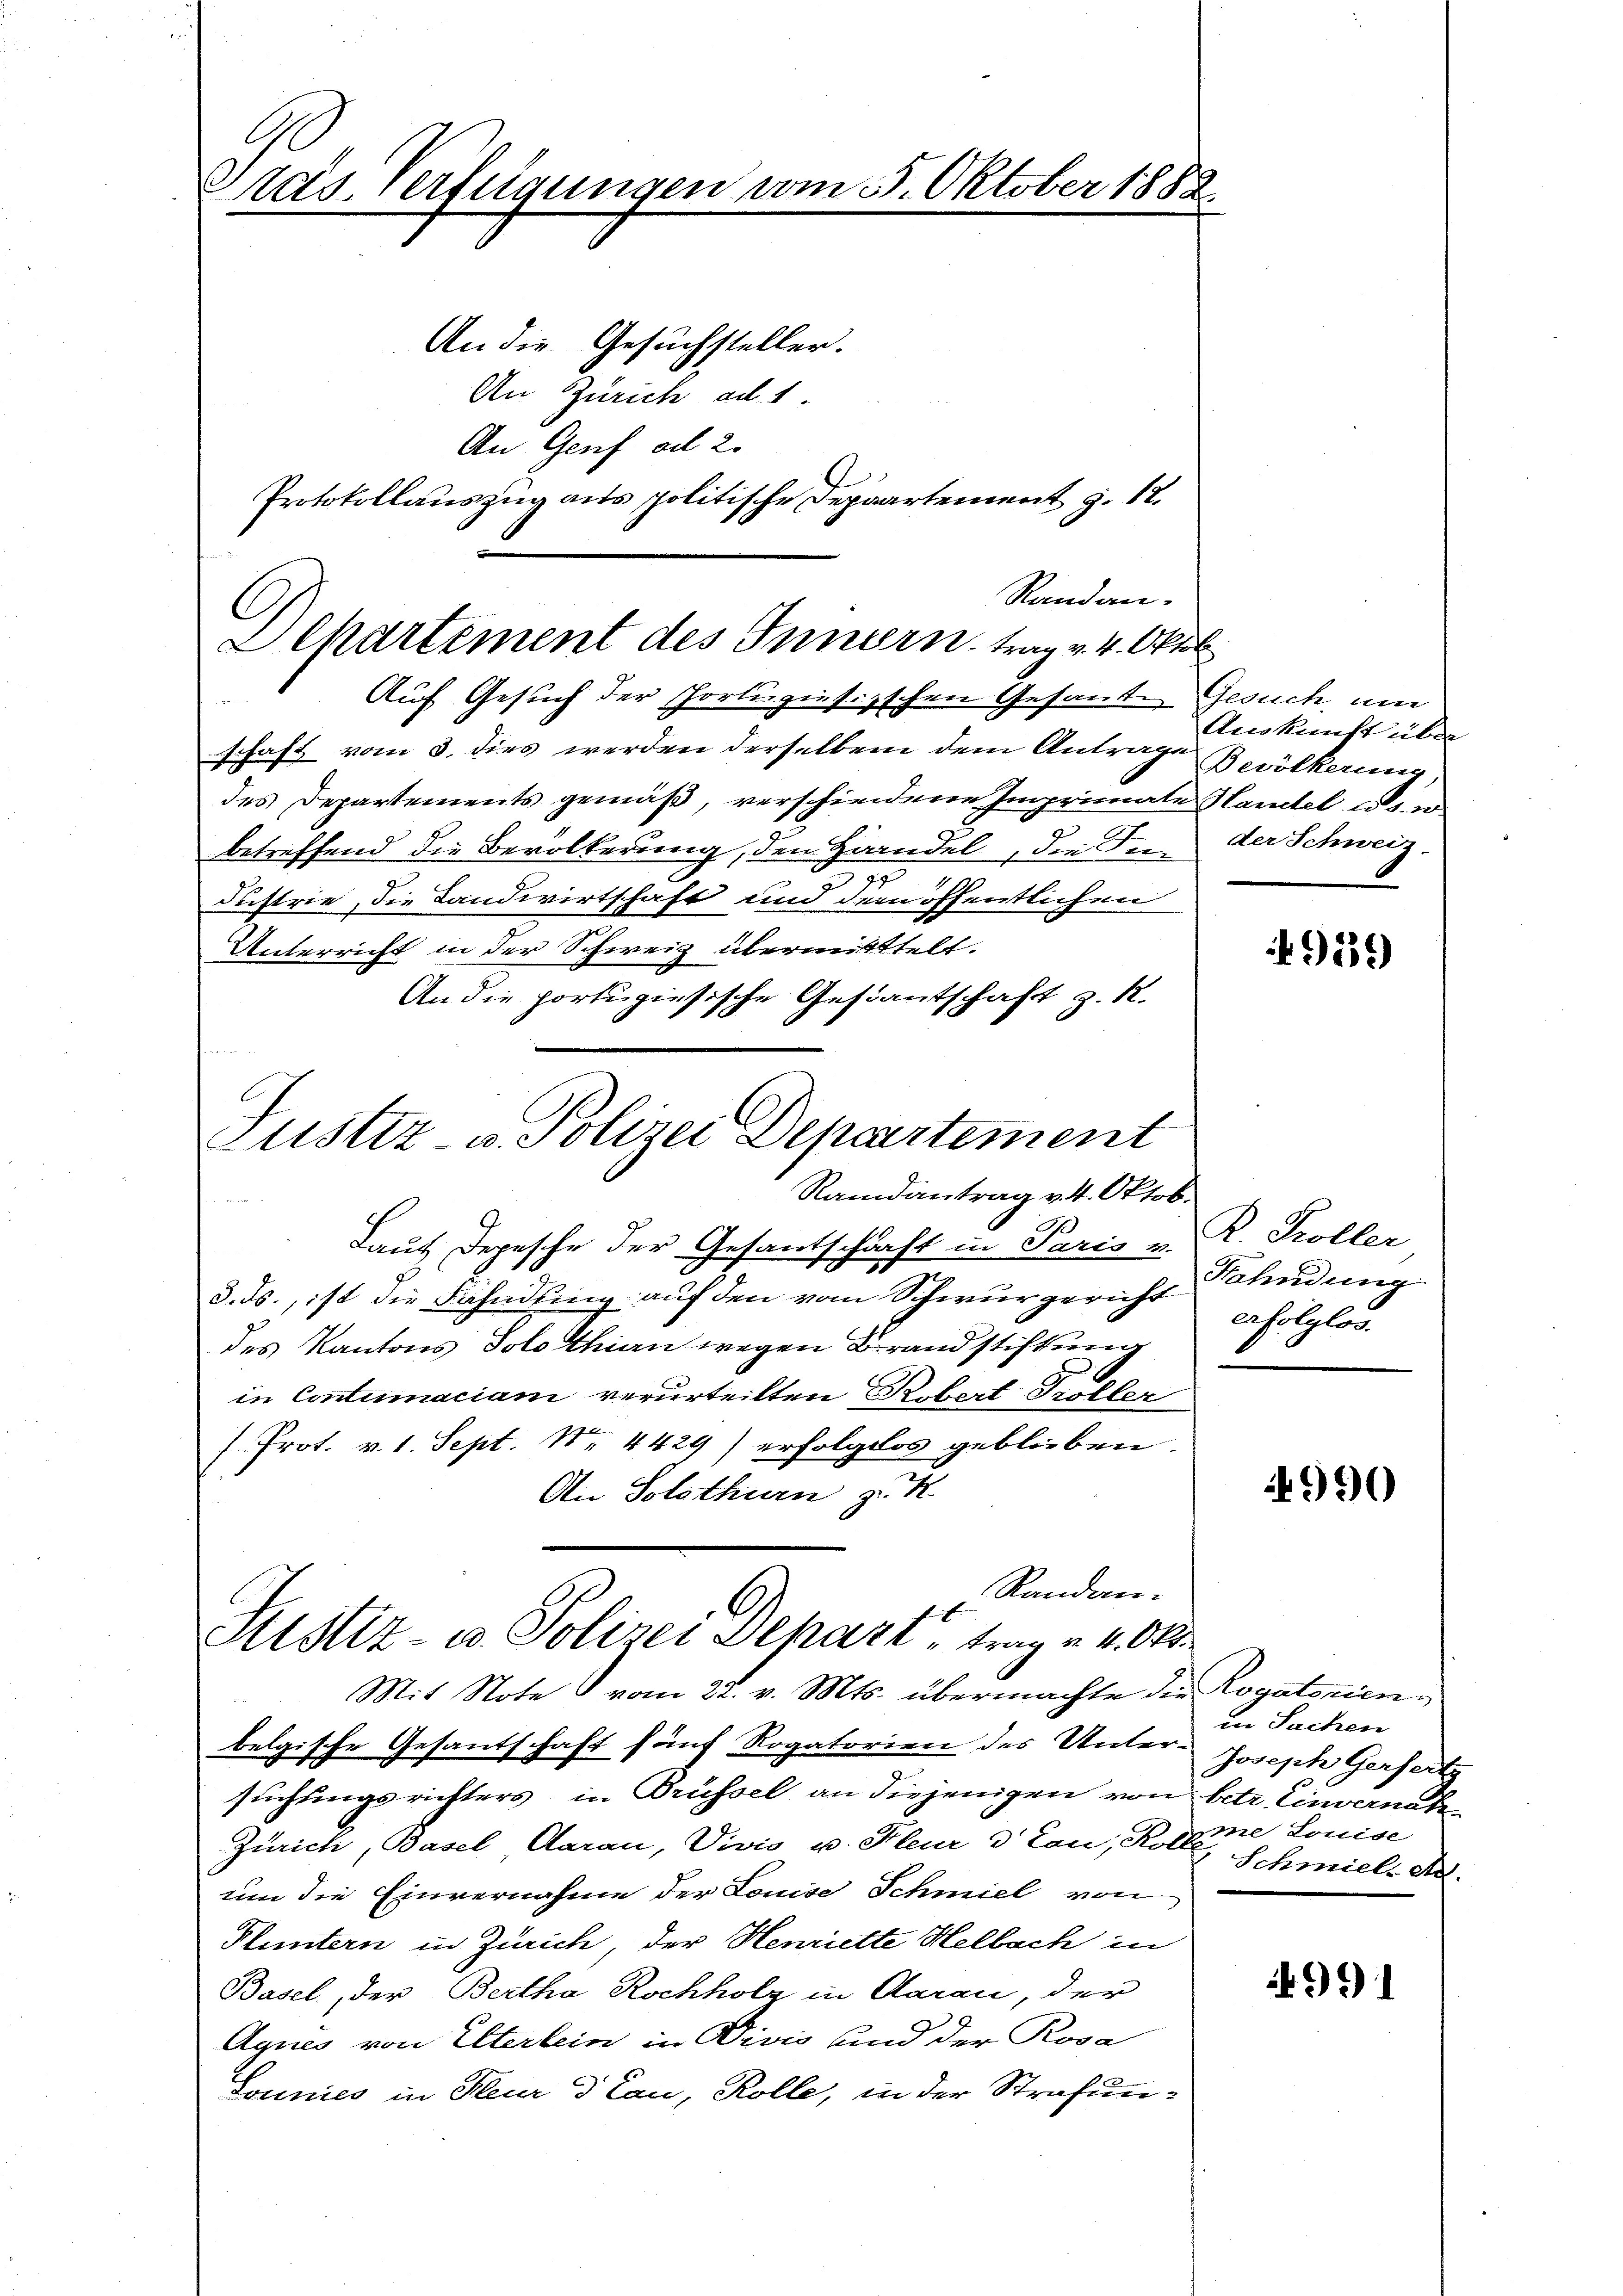
Präs. Verfügungen vom 5. Oktober 1882
An die Gesuchsteller.
An Zürich ad 1
An Genf ad 2.

Randan-
C
Lepartement des Innern, trag v. 4. Oktob

Auf Gesuch der Portugisizschen Gesante Gesuch, um
schaft vom 3. dies werden derselben dem Antrage Bevölkerung
des Departements gemäß, verschiedene Imprimate Hantel u. s. w.
betreffend die Bevölkerung, den Handel, die In¬
20
Fustrie, die Landwirtschaft und dem öffentlichen
Unterricht in der Schweiz übermittelt.
An die portigiesische Gestantschaft z. R.
Justiz u. Polizei Departement

Protokollauszug aus politische Depaartement z. 12.

Randantrag v. 4. Oktob.

Laut Depesche der Gesantschaft in Paris v.
3. ds., ist die Fahndung auf den vom Schwurgericht Sendung
des Kantons Solothin wegen Brandstiftung
in Contumaciam verurteilten Rebert Troller
f. Prot. v. 1. Sept. Nr. 4429) erfolglos geblieben.
An Solothurn z. R.
Mit Note vom 22. v. Mts. übermachte die Rogatorienbelgische Gesantschaft fünf Rogatorien des Unter-
suchungsrichters in Brüssel an diejenigen von betr. Einvernate
Zürich, Basel, Aarau, Vivis u. Kleur 3 Cau, Koll
um die Einvernahme der Louise Schmiel von
Pluntern in Zürich der Henriette Helbach in
Basel, der Bertha Rochholz in Aarau, der
Agnes von Elterlein in Divis und der Rosa
Lonnies in Fleur  Cau, Rolle, in der Strafun¬

Randan¬
Justiz- u. Polizei Depart trag v. 4. Okt

Auskunft über
der Schweiz.

9135)

R. Troller
erfolglos.

990

in Sachen
Joseph Gerseits
me Louise
 Schmiel. Ad.

991